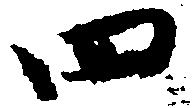
四